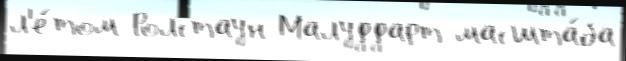
л'е́том Ролстаун Малуддарт масшта́ба